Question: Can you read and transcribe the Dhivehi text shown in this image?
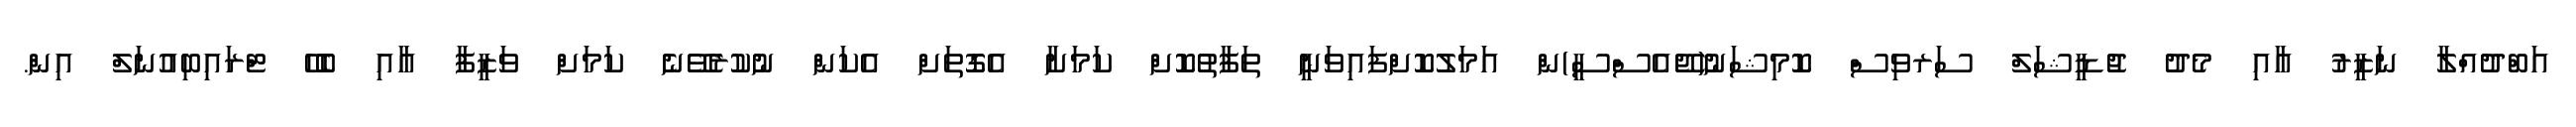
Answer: އަބްދުއްލާ ނަޒީރު އާއި މެދު ޖުޑީޝަލް ސަރވިސް ކޮމިޝަނު(ޖޭއެސްސީ)ން އަމަލުކޮށްފައިވަނީ ތަފާތުކޮށް ކަމަށާ އެގޮތަށް އެކަން ނުކުރެވޭނެ ކަމަށް ވަޒީފާ އާއި ބެހޭ ޓްރައިބިއުނަލް އިން.